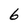
Character: 6